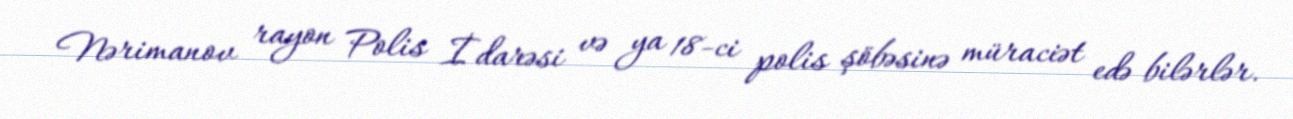
Nərimanov rayon Polis İdarəsi və ya 18-ci polis şöbəsinə müraciət edə bilərlər.